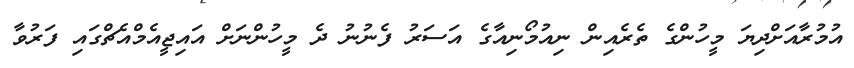
އުމުރާއަށްދިޔަ މީހުންގެ ތެރެއިން ނިއުމޯނިއާގެ އަސަރު ފެނުނު ދެ މީހުންނަށް އައިޖީއެމްއެޗްގައި ފަރުވާ